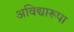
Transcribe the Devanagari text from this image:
अविद्यारूपा